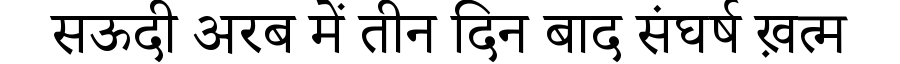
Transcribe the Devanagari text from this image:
सऊदी अरब में तीन दिन बाद संघर्ष ख़त्म